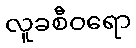
လူခစီဝရော